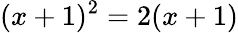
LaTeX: (x+1)^{2}=2(x+1)